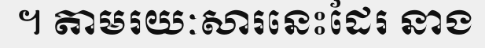
។ តាមរយៈសារនេះដែរ នាង